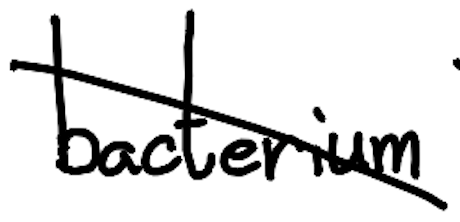
Text: bacterium
Cross-out: diagonal
Writing tool: digital_black